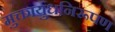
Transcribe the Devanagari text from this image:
मुक्तायुधनिरूपण